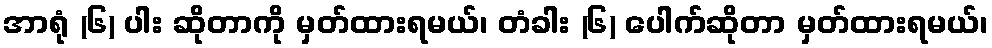
အာရုံ (၆) ပါး ဆိုတာကို မှတ်ထားရမယ်၊ တံခါး (၆) ပေါက်ဆိုတာ မှတ်ထားရမယ်၊